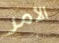
الأمر